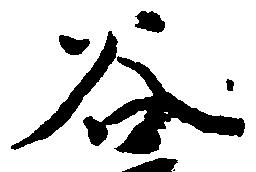
谷